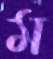
ম